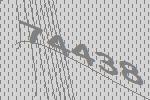
74438